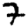
Digit: 7